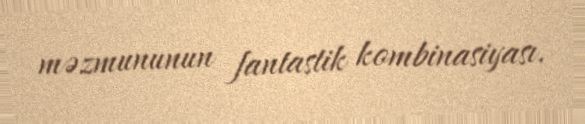
məzmununun fantastik kombinasiyası.